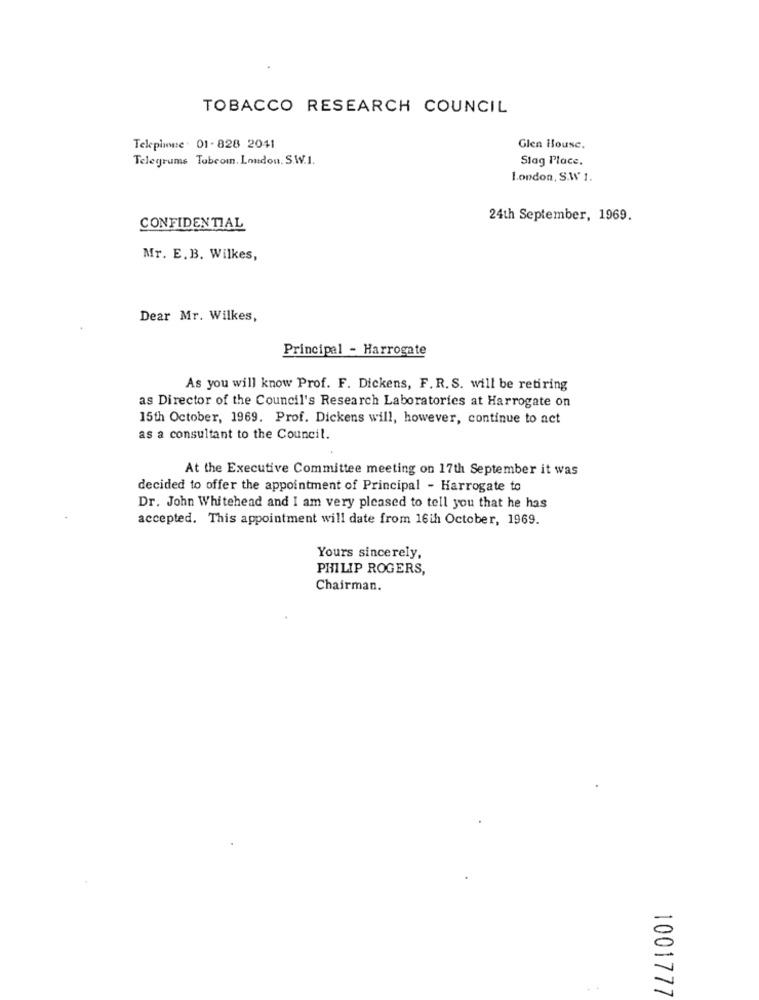
TOBACCO RESEARCH COUNCIL
Telephone . 01-828 2041
Glen House.
Telegrums Tobeom, London. S.W.1.
Slag Place.
London, S.W 1.
24th September, 1969.
CONFIDENTIAL
Mr. E.B. Wilkes,
Dear Mr. Wilkes,
Principal - Harrogate
As you will know Prof. F. Dickens, F. R. S. will be retiring
as Director of the Council's Research Laboratories at Harrogate on
15th October, 1969. Prof. Dickens will, however, continue to act
as a consultant to the Council.
At the Executive Committee meeting on 17th September it was
decided to offer the appointment of Principal - Harrogate to
Dr. John Whitehead and I am very pleased to tell you that he has
accepted. This appointment will date from 16th October, 1969.
Yours sincerely,
PHILIP ROGERS,
Chairman.
1001777